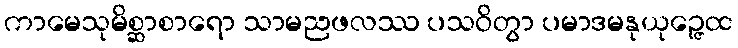
ကာမေသုမိစ္ဆာစာရော သာမညဖလဿ ပသဝိတွာ ပမာဒမနုယုဉ္ဇေထ